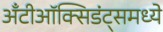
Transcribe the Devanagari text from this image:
अँटीऑक्सिडंट्समध्ये